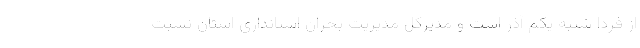
از فردا شنبه یکم آذر است و مدیرکل مدیریت بحران استانداری استان نسبت